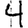
Digit: 4